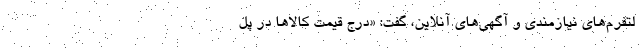
لتفرم‌های نیازمندی و آگهی‌های آنلاین، گفت: «درج قیمت کالاها در پل